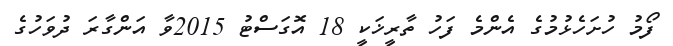
ފޯމު ހުށަހެޅުމުގެ އެންމެ ފަހު ތާރީޚަކީ 18 އޮގަސްޓު 2015ވާ އަންގާރަ ދުވަހުގެ